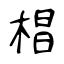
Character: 椙